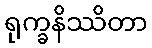
ရုက္ခနိဿိတာ